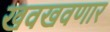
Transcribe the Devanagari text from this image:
खवखवणार